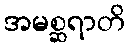
အမစ္ဆရာတိ